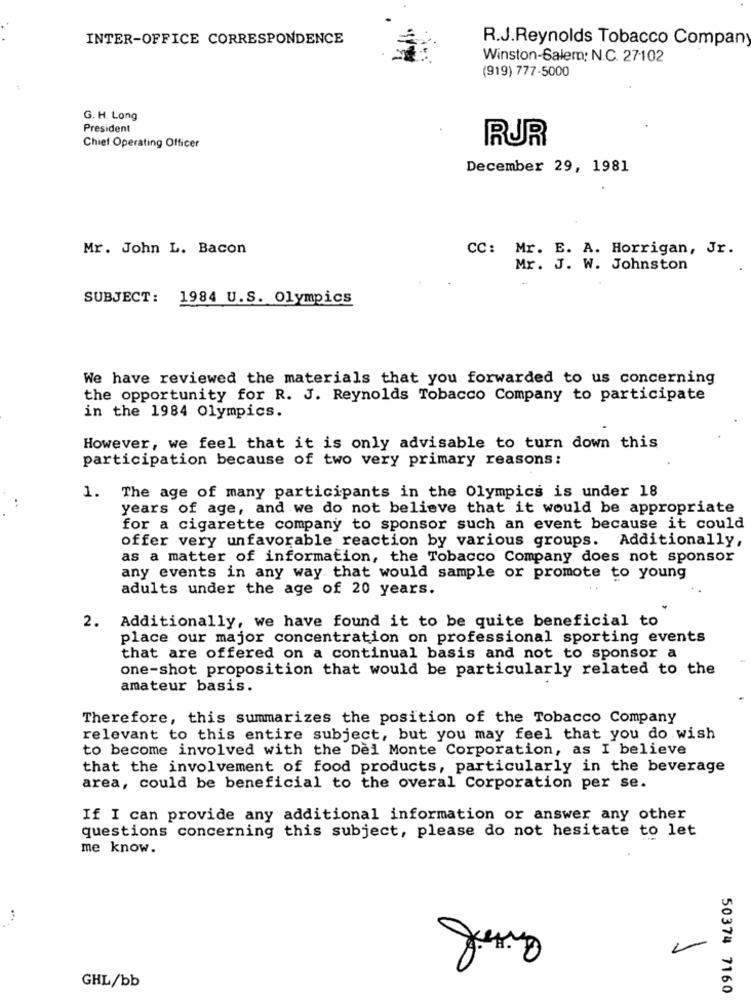
INTER-OFFICE CORRESPONDENCE
R.J.Reynolds Tobacco Company
Winston-Salem: N.C. 27102
(919) 777-5000
G. H. Long
President
RUR
Chief Operating Officer
December 29, 1981
Mr. John L. Bacon
CC: Mr. E. A. Horrigan, Jr.
Mr. J. W. Johnston
SUBJECT: 1984 U.S. Olympics
We have reviewed the materials that you forwarded to us concerning
the opportunity for R. J. Reynolds Tobacco Company to participate
in the 1984 Olympics.
However, we feel that it is only advisable to turn down this
participation because of two very primary reasons:
1. The age of many participants in the Olympics is under 18
years of age, and we do not believe that it would be appropriate
for a cigarette company to sponsor such an event because it could
offer very unfavorable reaction by various groups. Additionally,
as a matter of information, the Tobacco Company does not sponsor
any events in any way that would sample or promote to young
adults under the age of 20 years.
Additionally, we have found it to be quite beneficial to
2.
place our major concentration on professional sporting events
that are offered on a continual basis and not to sponsor a
one-shot proposition that would be particularly related to the
amateur basis.
Therefore, this summarizes the position of the Tobacco Company
relevant to this entire subject, but you may feel that you do wish
to become involved with the Del Monte Corporation, as I believe
that the involvement of food products, particularly in the beverage
area, could be beneficial to the overal Corporation per se.
If I can provide any additional information or answer any other
questions concerning this subject, please do not hesitate to let
me know.
GHL/bb
50374 7160